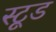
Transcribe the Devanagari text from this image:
स्टूड